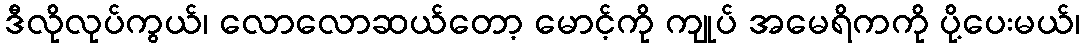
ဒီလိုလုပ်ကွယ်၊ လောလောဆယ်တော့ မောင့်ကို ကျုပ် အမေရိကကို ပို့ပေးမယ်၊